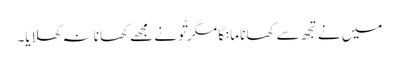
میں نے تجھ سے کھانا مانگا مگر تُو نے مجھے کھانا نہ کھلایا۔